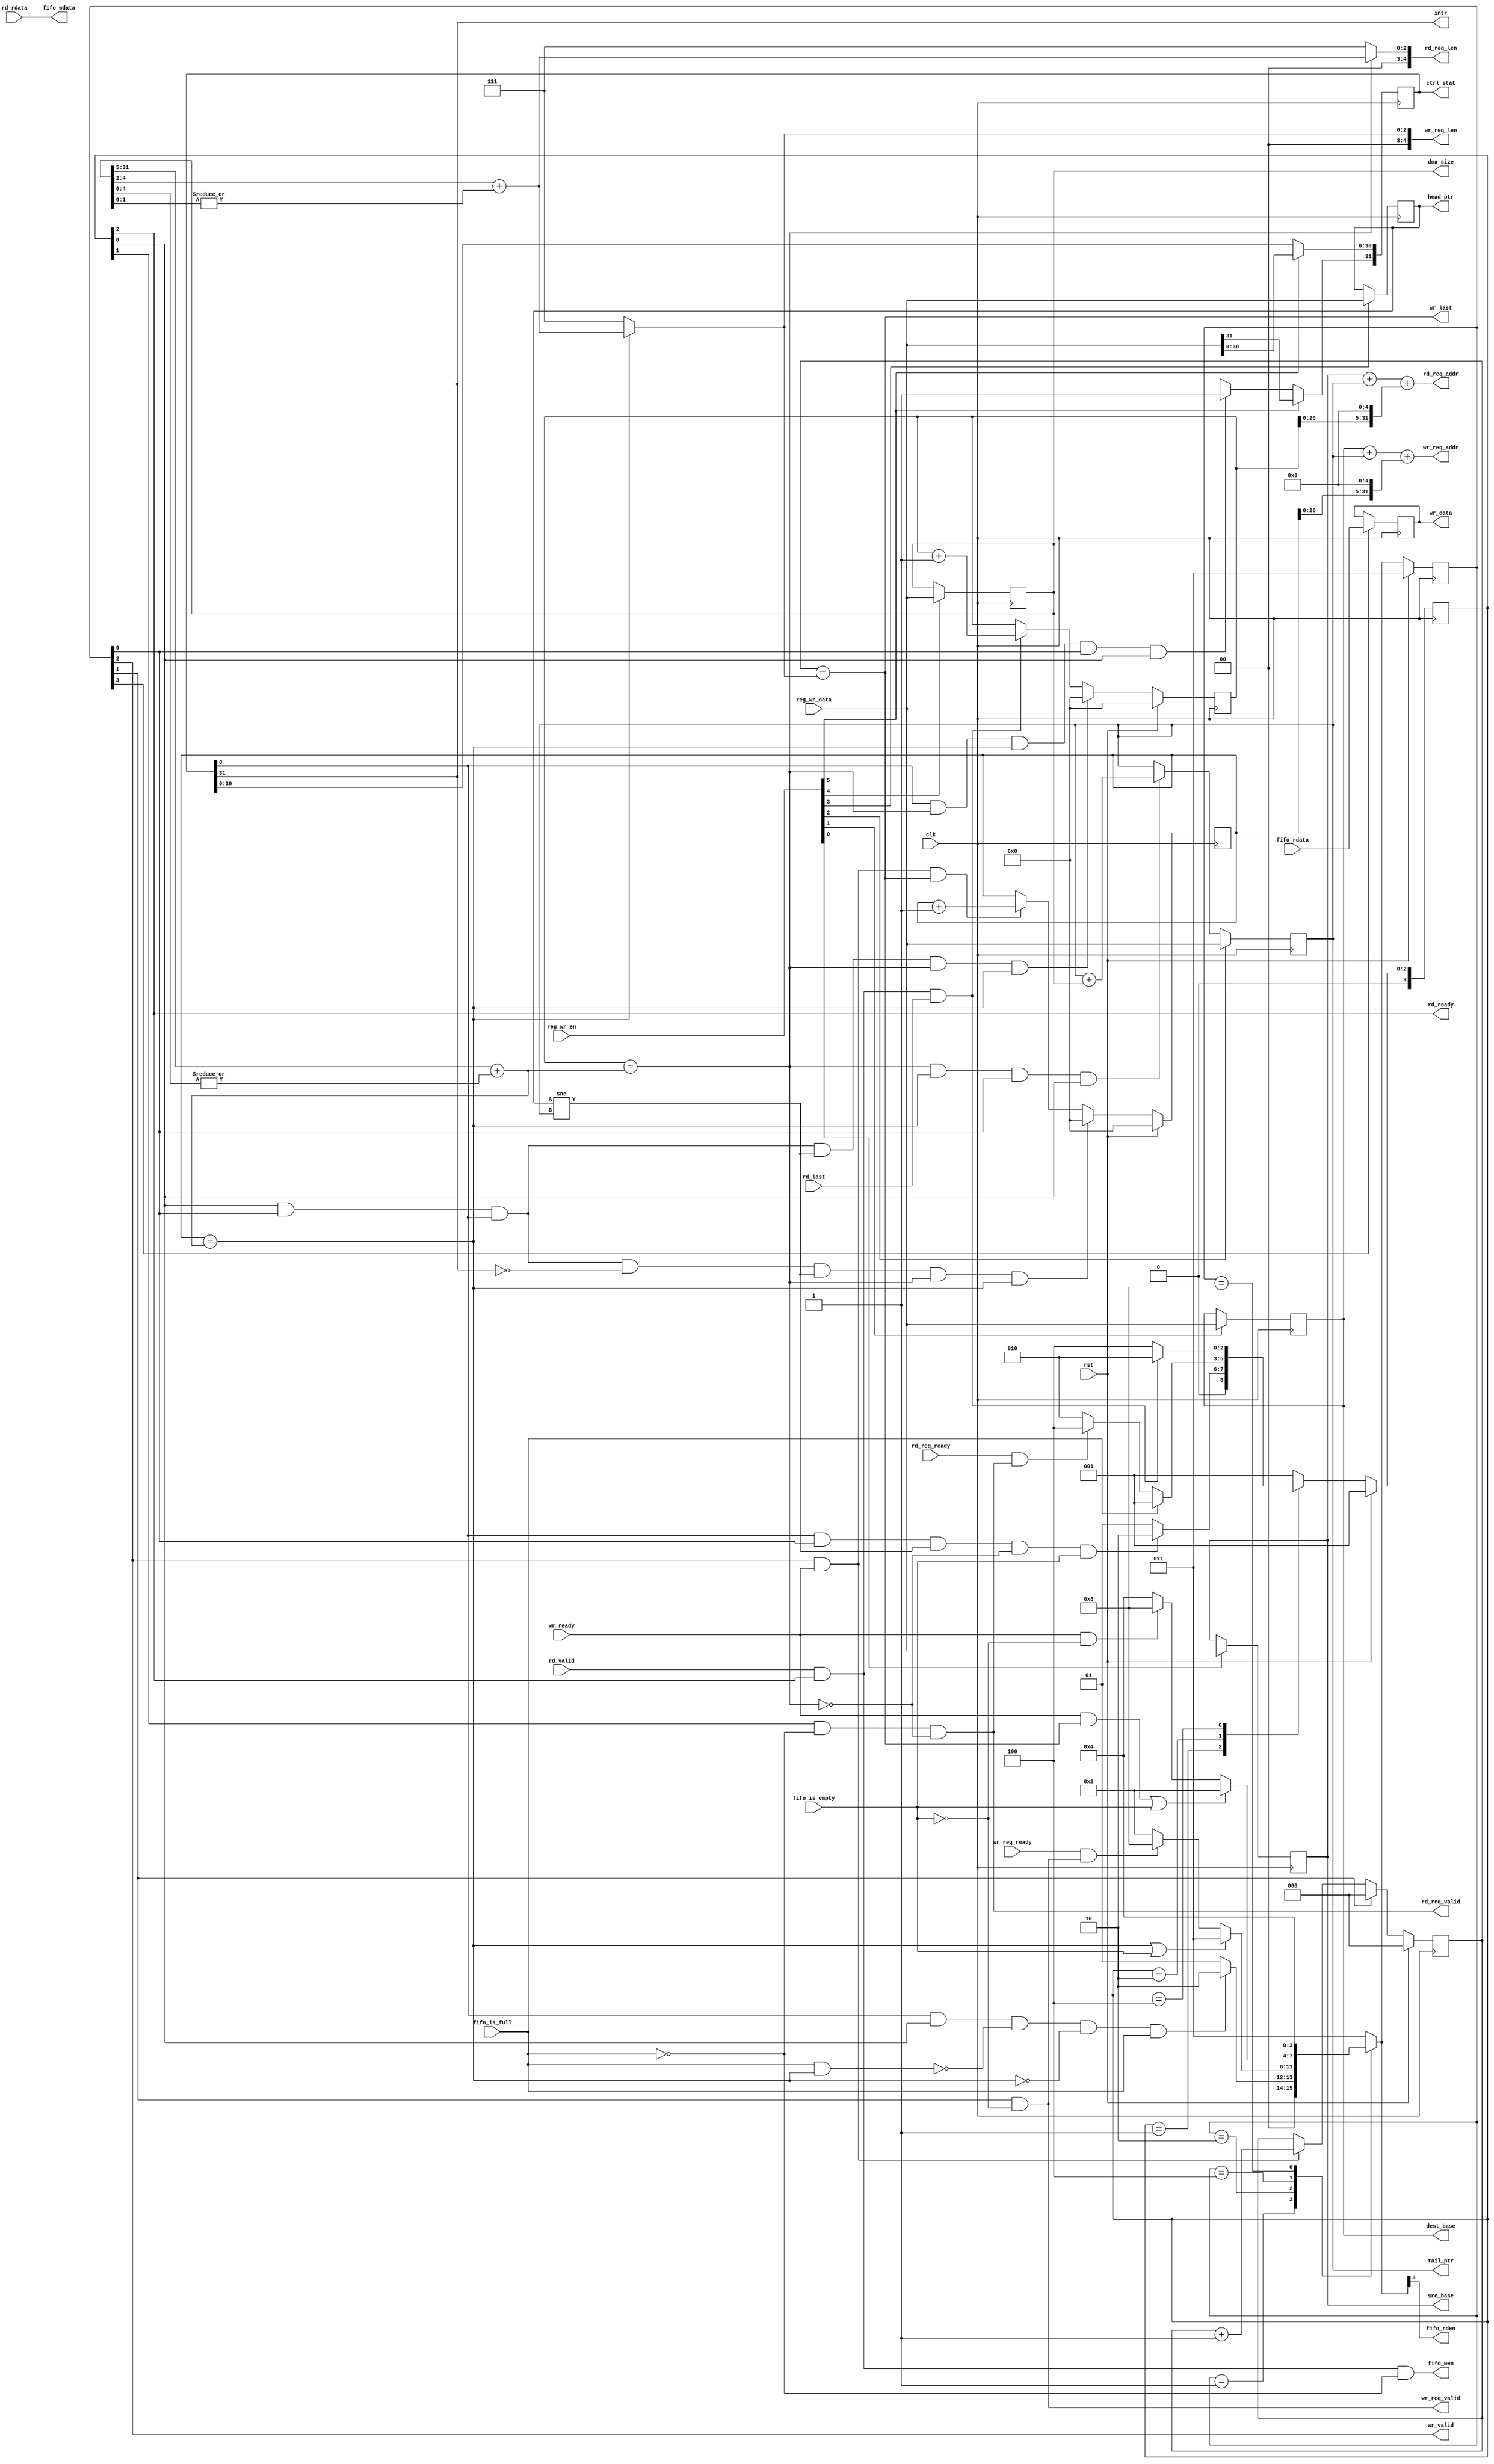
module engine_core #(
	parameter integer  DATA_WIDTH       = 32
)
(
	input    clk,
	input    rst,
	
	output [31:0]       src_base,
	output [31:0]       dest_base,
	output [31:0]       tail_ptr,
	output [31:0]       head_ptr,
	output [31:0]       dma_size,
	output [31:0]       ctrl_stat,

	input  [31:0]	    reg_wr_data,
	input  [ 5:0]       reg_wr_en,
  
	output              intr,
  
	output [31:0]       rd_req_addr,
	output [ 4:0]       rd_req_len,
	output              rd_req_valid,
	
	input               rd_req_ready,
	input  [31:0]       rd_rdata,
	input               rd_last,
	input               rd_valid,
	output              rd_ready,
	
	output [31:0]       wr_req_addr,
	output [ 4:0]       wr_req_len,
	output              wr_req_valid,
	input               wr_req_ready,
	output [31:0]       wr_data,
	output              wr_valid,
	input               wr_ready,
	output              wr_last,
	
	output              fifo_rden,
	output [31:0]       fifo_wdata,
	output              fifo_wen,
	
	input  [31:0]       fifo_rdata,
	input               fifo_is_empty,
	input               fifo_is_full
);
	// TODO: Please add your logic design here


// 声明和宏定义
	//  ctrl & state reg
	reg [31:0] src_base;
	reg [31:0] dest_base;
	reg [31:0] tail_ptr;
	reg [31:0] head_ptr;
	reg [31:0] dma_size; 
	reg [31:0] ctrl_stat;

	// en
	wire en;

	// burst control
	wire [31:0] burst_total_num;
	wire [4:0] last_burst;
	wire [31:0] burst_normal_num;

	wire rd_dma_finished, wr_dma_finished;
	wire[2:0] last_burst_len;

	// read state regs
	reg [3:0] rd_current_state;
	reg [3:0] rd_next_state;

	// write state regs
	reg [3:0] wr_current_state;
	reg [3:0] wr_next_state;


	// read mem
	reg [31:0] rd_burst_num;

	// write mem
	reg [31:0] wr_burst_num;
	reg [2:0] wr_size;

	// read fifo
	reg [31:0] reg_fifo_rdata;

	//RD状态机states宏定义(常量)
	localparam IDLE = 4'b0001;
	localparam REQ  = 4'b0010;
	localparam RW   = 4'b0100;
	localparam FIFO = 4'b1000;

	//独热码下表宏定义(常量)
	localparam isIDLE = 0;
	localparam isREQ  = 1;
	localparam isRW   = 2;
	localparam isFIFO = 3;


//状态机
	// --- read状态机 ---
	// 第一段
	always @(posedge clk) begin
		if (rst) begin
			rd_current_state <= IDLE;
		end
		else begin
			rd_current_state <= rd_next_state;
		end
	end

	// 第二段
	always @(*) begin
		case (rd_current_state)
			IDLE: begin
				if (en & wr_current_state[isIDLE] & (head_ptr != tail_ptr) & !rd_dma_finished & fifo_is_empty) begin //fifo为空才能开始写入!!!!
					rd_next_state = REQ;  //tail_ptr != head_ptr时，DMA引擎自动启动
				end
				else begin
					rd_next_state = IDLE;
				end
			end
			REQ: begin
				if (fifo_is_full) begin
					rd_next_state = IDLE;  //fifo满了停止写入，读引擎停止工作，写引擎开始工作!!!!
				end
				else if (rd_req_ready & rd_req_valid) begin //握手成功
					rd_next_state = RW;
				end
				else begin
					rd_next_state = REQ;
				end
			end
			RW: begin
				if (rd_valid & rd_ready & rd_last) begin //握手成功+本轮burst的最后一次读完成
					rd_next_state = REQ;
				end
				else begin
					rd_next_state = RW;
				end
			end
			default: rd_next_state = IDLE;
		endcase
	end


	// --- write状态机 ---	
	// 第一段
	always @(posedge clk) begin
		if (rst) begin
			wr_current_state <= IDLE;
		end
		else begin
			wr_current_state <= wr_next_state;
		end
	end

	// 第二段
	always @(*) begin
		case (wr_current_state)
			IDLE: begin
				if (en & rd_current_state[isIDLE] & !(fifo_is_full & wr_dma_finished) & !wr_dma_finished & fifo_is_full) begin //fifo满了才能进行读!!!!
					wr_next_state = REQ; //tail_ptr != head_ptr时，DMA引擎自动启动
				end
				else begin
					wr_next_state = IDLE;
				end
			end
			REQ: begin
				if (wr_dma_finished | fifo_is_empty) begin //fifo读空后 or 一次DMA子缓冲区的全部读写完成
					wr_next_state = IDLE; 
				end
				else if (wr_req_ready & wr_req_valid) begin //握手完成
					wr_next_state = FIFO;
				end
				else begin
					wr_next_state = REQ;
				end
			end
			RW: begin
				if (wr_ready & wr_last | fifo_is_empty) begin //fifo读空后 or 握手完成且本次写完成
					wr_next_state = REQ;
				end
				else if (wr_ready & !fifo_is_empty) begin //握手完成 但本次写未完成(fifo不空)
					wr_next_state = FIFO;
				end
				else begin
					wr_next_state = RW;
				end
			end
			FIFO: begin
				wr_next_state = RW; //FIFO阶段寄存器存进数据，下一个状态为RW，进行写操作(4个字节)
			end
			default: begin
				wr_next_state = IDLE;
			end
		endcase
	end


	//根据reg_wr_en进行DMA的寄存器写
	always @(posedge clk) begin
		if (reg_wr_en[0]) begin
			src_base <= reg_wr_data;
		end
	end
	always @(posedge clk) begin
		if (reg_wr_en[1]) begin
			dest_base <= reg_wr_data;
		end
	end
	always @(posedge clk) begin
		if (reg_wr_en[2]) begin
			tail_ptr <= reg_wr_data;
		end
		else if (rd_dma_finished & wr_dma_finished & wr_current_state[isIDLE] & rd_current_state[isIDLE]) begin
			tail_ptr <= tail_ptr + dma_size; //一次DMA子缓冲区的读写全部完成，更新尾指针
		end
	end
	always @(posedge clk) begin
		if (reg_wr_en[3]) begin
			head_ptr <= reg_wr_data;
		end
	end
	always @(posedge clk) begin
		if (reg_wr_en[4]) begin
			dma_size <= reg_wr_data;
		end
	end
	always @(posedge clk) begin
		if (reg_wr_en[5]) begin
			ctrl_stat <= reg_wr_data;
		end
		else if (en & rd_dma_finished & wr_dma_finished & wr_current_state[isIDLE] & rd_current_state[isIDLE]) begin
			ctrl_stat[31] <= 1'b1;  //一次DMA子缓冲区的读写全部完成，更新ctrl_stat[31](中断标志位)
		end
	end


	// read mem
	always @(posedge clk) begin
		if (rst) begin  // rst复位
			rd_burst_num <= 0;
		end
		else if (rd_current_state[isIDLE] & wr_current_state[isIDLE] & en & (head_ptr != tail_ptr) & rd_dma_finished & wr_dma_finished) begin 
			rd_burst_num <= 0;  //当一次DMA子缓冲区的读写全部完成后，开启下一轮DMA子缓冲区读写时，burst计数器清0
		end
		else if (rd_current_state[isRW] & rd_valid & rd_last) begin  // 一次burst的rd完成
			rd_burst_num <= rd_burst_num + 1;
		end
	end

	// read fifo
	always @(posedge clk) begin
		if (wr_current_state[isFIFO]) begin  // FIFO阶段寄存器存入fifo_rdata，RW进行写
			reg_fifo_rdata <= fifo_rdata; 
		end
	end

	// write memory
	always @(posedge clk) begin
		if (rst) begin  // rst复位
			wr_burst_num <= 0;
		end
		else if(wr_current_state[isIDLE] & rd_current_state[isIDLE] & en & ~intr & (head_ptr != tail_ptr) & rd_dma_finished & wr_dma_finished) begin 
			wr_burst_num <= 0; //当一次DMA子缓冲区的读写全部完成后，开启下一轮DMA子缓冲区读写时，burst计数器清0
		end
		else if (wr_current_state[isRW] & wr_ready & wr_last) begin  // 一次burst的wr完成
			wr_burst_num <= wr_burst_num + 1;
		end
	end

	
	//wr_size
	always @(posedge clk) begin
		if (rst) begin  // rst复位
			wr_size <= 3'b0;
		end
		else if(wr_current_state[isREQ]) begin //write state为REQ时重新计数(下一轮burst的wr)
			wr_size <= 3'b0;
		end
		else if (wr_current_state[isRW] & wr_ready) begin  // 每轮传输写入4byte后, wr_size加一
			wr_size <= wr_size + 1;
		end
	end



//其它组合逻辑
	//intr
	assign intr = ctrl_stat[31];

	//en
	assign en = ctrl_stat[0];

	//判断本轮DMA子缓冲区的读写是否完成
	assign rd_dma_finished = (rd_burst_num == burst_total_num); //完成rd的burst的总数等于 需要完成的burst的总数
	assign wr_dma_finished = (wr_burst_num == burst_total_num); //完成wr的burst的总数等于 需要完成的burst的总数
	

	//DMA引擎一轮共需发起( int(N/32) + (N % 32 != 0) )次Burst传输
	assign last_burst 	= dma_size[4:0]; //(N % 32)
	assign burst_normal_num = {5'b0, dma_size[31:5]}; //前(int(N / 32))次Burst
	assign burst_total_num 	= {5'b0, dma_size[31:5]} + |last_burst; //Burst总数

	assign last_burst_len = last_burst[4:2] + |(last_burst[1:0]); //((N % 32) / 4) + ( ((N % 32) % 4) != 0)


	//rd输出
	// Handshake Signal
	assign rd_req_valid = rd_current_state[isREQ] & !fifo_is_full & !rd_dma_finished; //fifo为满，握手信号全部拉低(FIFO不接受写入)
	assign rd_ready = rd_current_state[isRW];


	//rd的addr & len
	assign rd_req_addr = src_base + tail_ptr + {rd_burst_num, 5'b0}; //DMA读操作的首地址为(src_base + tail_ptr),每次burst读入32位
	assign rd_req_len = rd_dma_finished ? {2'b0, (last_burst_len)} : 5'b111;//不是最后一次长度为32Byte(写8次)，否则写((N%32)/4) + (((N%32)%4)!=0)次.


	// write to fifo
	assign fifo_wen = rd_ready & rd_valid & !fifo_is_full; //读内存握手完成
	assign fifo_wdata = rd_rdata; 


	// read from fifo
	assign fifo_rden = wr_next_state[isFIFO]; 
	

	// write memory
	// Handshake Signal
	assign wr_req_valid = wr_current_state[isREQ] & !fifo_is_empty; //fifo为空，握手信号全部拉低(FIFO不接受读)
	assign wr_valid = wr_current_state[isRW];


	// wr的addr & len & data
	assign wr_req_addr = dest_base + tail_ptr + {wr_burst_num, 5'b0}; // DMA写操作的首地址为(dest_base + tail_ptr),每次burst读入32位
	assign wr_req_len = wr_dma_finished ? {2'b0, (last_burst_len)} : 5'b111;//不是最后一次长度为32Byte(写8次)，否则写((N%32)/4) + (((N%32)%4)!=0)次.
	assign wr_data = reg_fifo_rdata;


	//最后一次wr完成
	assign wr_last = (wr_size == wr_req_len[2:0]); //本次burst写的次数等于需要的次数


endmodule